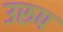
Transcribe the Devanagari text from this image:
उरुप